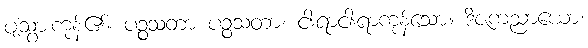
ပျံသွားကုန်၏။ ပဉ္စသတာ ပဉ္စသတာ၊ ငါးရာငါးရာကုန်သော။ ဒိဇကညာယော၊